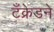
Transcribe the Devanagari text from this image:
टँक्रेडने